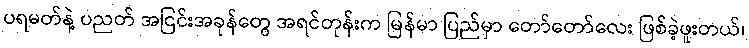
ပရမတ်နဲ့ ပညတ် အငြင်းအခုန်တွေ အရင်တုန်းက မြန်မာ ပြည်မှာ တော်တော်လေး ဖြစ်ခဲ့ဖူးတယ်၊